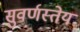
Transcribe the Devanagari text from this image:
सुवर्णस्तेय